画像に写った文字を読んでください
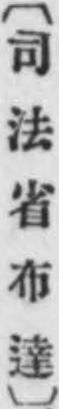
「〔司法省布達〕」と書いてあります